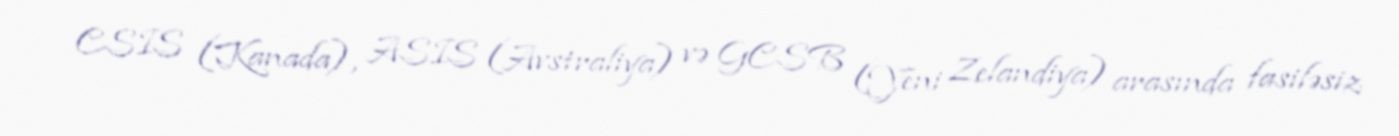
CSIS (Kanada), ASIS (Avstraliya) və GCSB (Yeni Zelandiya) arasında fasiləsiz